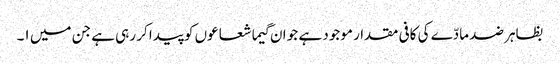
بظاہر ضد مادّے کی کافی مقدار موجود ہے جو ان گیما شعاعوں کو پیدا کر رہی ہے جن میں ١۔